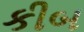
કીબ